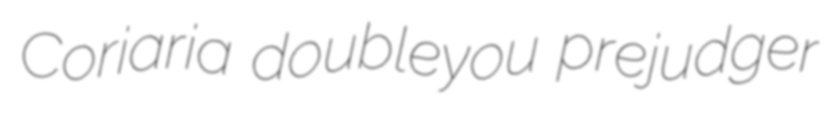
Coriaria doubleyou prejudger